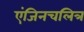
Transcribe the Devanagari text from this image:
एंजिनचलित्र